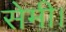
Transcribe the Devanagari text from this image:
सेमी।